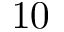
1 0